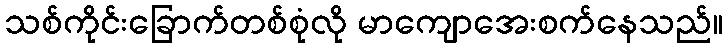
သစ်ကိုင်းခြောက်တစ်စုံလို မာကျောအေးစက်နေသည်။